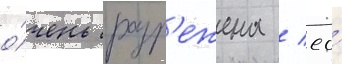
о́чень разр'ежена / ео́